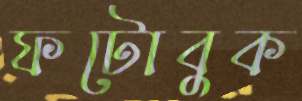
ফটোবুক